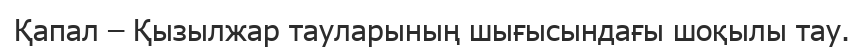
Қапал – Қызылжар тауларының шығысындағы шоқылы тау.